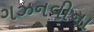
ગઝનવીના